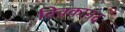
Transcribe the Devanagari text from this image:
विवकानंद